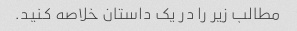
مطالب زیر را در یک داستان خلاصه کنید.